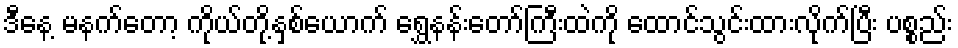
ဒီနေ့ မနက်တော့ ကိုယ်တို့နှစ်ယောက် ရွှေနန်းတော်ကြီးထဲကို ထောင်သွင်းထားလိုက်ပြီး ပစ္စည်း